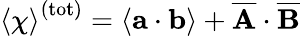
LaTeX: \left\langle\chi\right\rangle^{(\mathrm{tot})}=\left\langle\mathbf{a}\cdot\mathbf{b}\right\rangle+\overline{{\mathbf{A}}}\cdot\overline{{\mathbf{B}}}